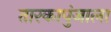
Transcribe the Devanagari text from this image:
तारकापुंजाला